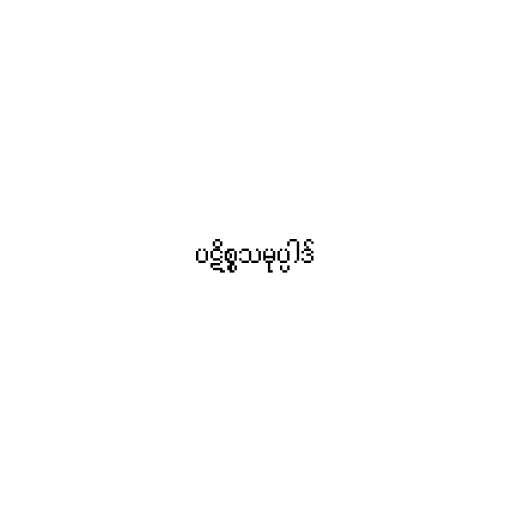
ပဋိစ္စသမုပ္ပါဒ်